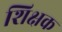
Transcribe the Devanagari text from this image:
शिक्षक